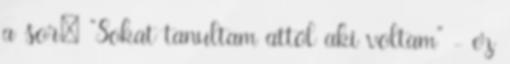
a sor: "Sokat tanultam attól aki voltam" - ez